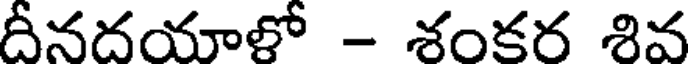
దీనదయాళో - శంకర శివ